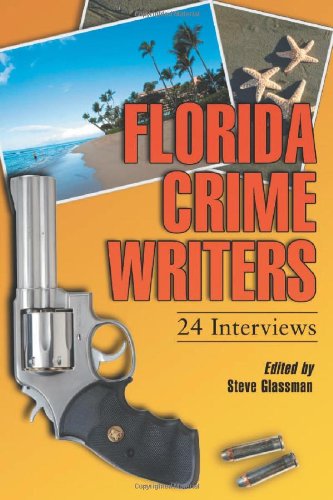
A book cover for Florida Crime Writers: 24 Interviews; Steve Glassman; Mystery, Thriller & Suspense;